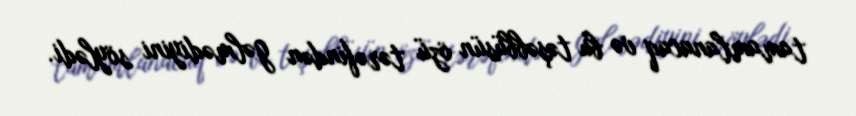
tamamlanacaq və bu təşəbbüsün özü tərəfindən gəlmədiyini söylədi.